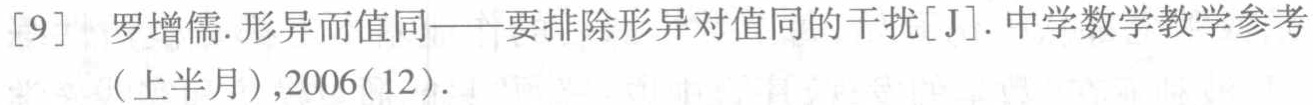
[9] 罗增儒.形异而值同——要排除形异对值同的干扰[J].中学数学教学参考(上半月),2006(12).